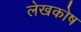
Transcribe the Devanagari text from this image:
लेखकोष